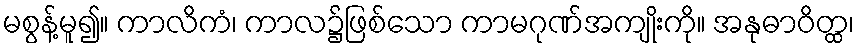
မစွန့်မူ၍။ ကာလိကံ၊ ကာလ၌ဖြစ်သော ကာမဂုဏ်အကျိုးကို။ အနုဓာဝိတ္ထ၊